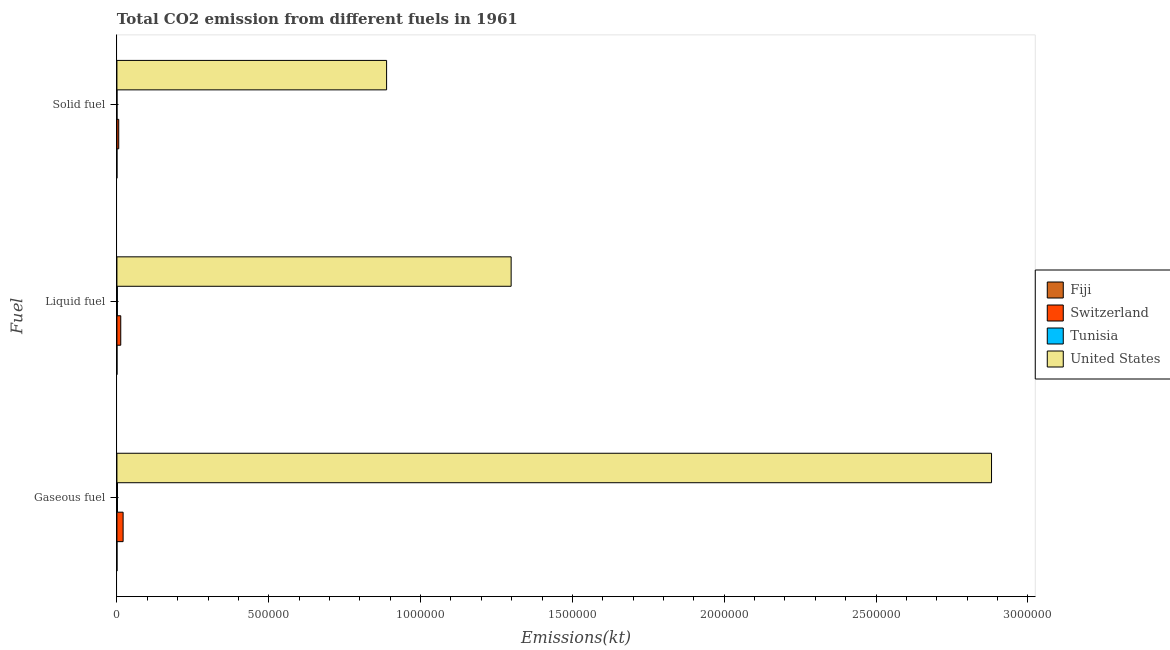
| Fuel | Fiji | Switzerland | Tunisia | United States |
 | --- | --- | --- | --- | --- |
 | Gaseous fuel | 169 | 2.04e+04 | 1.77e+03 | 2.88e+06 |
 | Liquid fuel | 161 | 1.26e+04 | 1.45e+03 | 1.3e+06 |
 | Solid fuel | 3.67 | 5.98e+03 | 136 | 8.88e+05 |